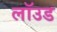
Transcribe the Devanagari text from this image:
लॉउड